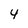
Character: y